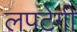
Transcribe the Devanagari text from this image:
लपटेगी